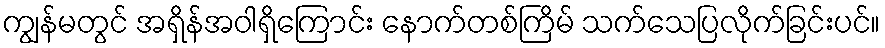
ကျွန်မတွင် အရှိန်အဝါရှိကြောင်း နောက်တစ်ကြိမ် သက်သေပြလိုက်ခြင်းပင်။